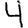
Digit: 4